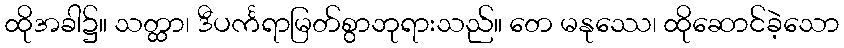
ထိုအခါ၌။ သတ္ထာ၊ ဒီပင်္ကရာမြတ်စွာဘုရားသည်။ တေ မနုဿေ၊ ထိုဆောင်ခဲ့သော